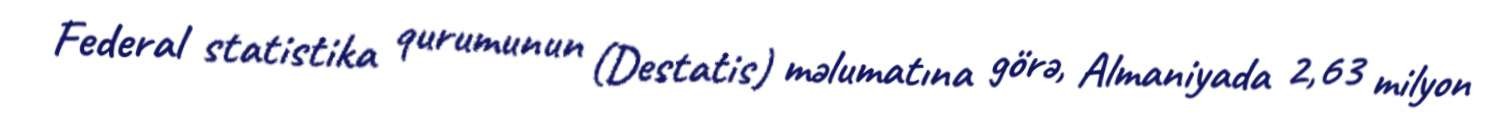
Federal statistika qurumunun (Destatis) məlumatına görə, Almaniyada 2,63 milyon